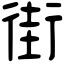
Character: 街